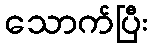
သောက်ပြီး